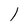
Character: l